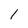
Character: l